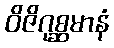
ဝိဇိဂုစ္ဆမာနံ